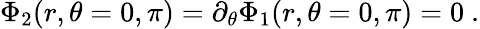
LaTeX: \Phi_{2}(r,\theta=0,\pi)=\partial_{\theta}\Phi_{1}(r,\theta=0,\pi)=0\ .